Annual report on the working of the mental hospitals in the Madras Presidency - 1912-1932
Year: 1912
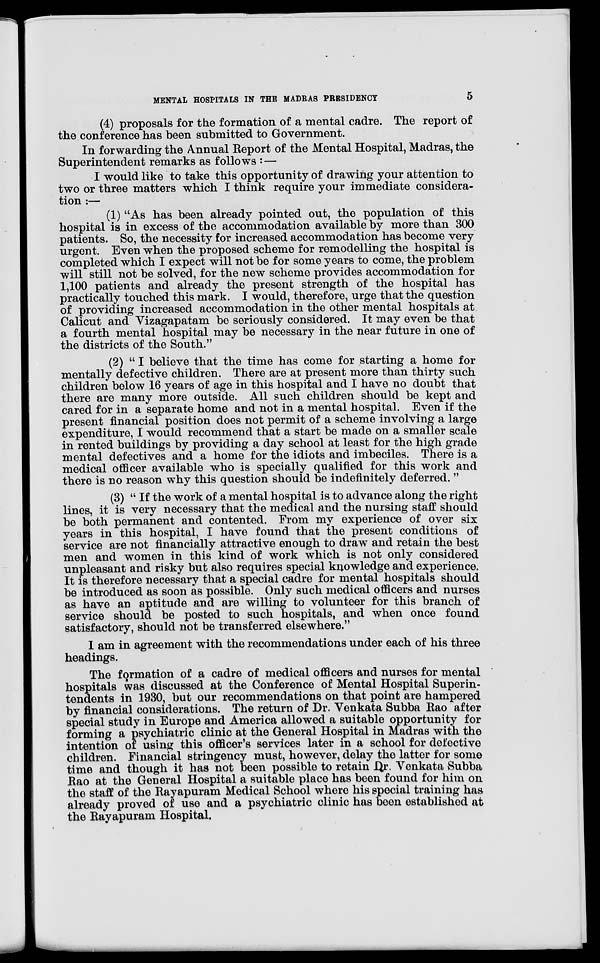
MENTAL HOSPITALS IN THE MADRAS PRESIDENCY
5
(4) proposals for the formation of a mental cadre. The report of
the conference has been submitted to Government.
In forwarding the Annual Report of the Mental Hospital, Madras, the
Superintendent remarks as follows : —
I would like to take this opportunity of drawing your attention to
two or three matters which I think require your immediate considera-
tion :—
(1) "As has been already pointed out, the population of this
hospital is in excess of the accommodation available by more than 300
patients. So, the necessity for increased accommodation has become very
urgent. Even when the proposed scheme for remodelling the hospital is
completed which I expect will not be for some years to come, the problem
will still not be solved, for the new scheme provides accommodation for
1,100 patients and already the present strength of the hospital has
practically touched this mark. I would, therefore, urge that the question
of providing increased accommodation in the other mental hospitals at
Calicut and Vizagapatam be seriously considered. It may even be that
a fourth mental hospital may be necessary in the near future in one of
the districts of the South."
(2) " I believe that the time has come for starting a home for
mentally defective children. There are at present more than thirty such
children below 16 years of age in this hospital and I have no doubt that
there are many more outside. All such children should be kept and
cared for in a separate home and not in a mental hospital. Even if the
present financial position does not permit of a scheme involving a large
expenditure, I would recommend that a start be made on a smaller scale
in rented buildings by providing a day school at least for the high grade
mental defectives and a home for the idiots and imbeciles. There is a
medical officer available who is specially qualified for this work and
there is no reason why this question should be indefinitely deferred. "
(3) " If the work of a mental hospital is to advance along the right
lines, it is very necessary that the medical and the nursing staff should
be both permanent and contented. From my experience of over six
years in this hospital, I have found that the present conditions of
service are not financially attractive enough to draw and retain the best
men and women in this kind of work which is not only considered
unpleasant and risky but also requires special knowledge and experience.
It is therefore necessary that a special cadre for mental hospitals should
be introduced as soon as possible. Only such medical officers and nurses
as have an aptitude and are willing to volunteer for this branch of
service should be posted to such hospitals, and when once found
satisfactory, should not be transferred elsewhere."
I am in agreement with the recommendations under each of his three
headings.
The formation of a cadre of medical officers and nurses for mental
hospitals was discussed at the Conference of Mental Hospital Superin-
tendents in 1930, but our recommendations on that point are hampered
by financial considerations. The return of Dr. Venkata Subba Rao after
special study in Europe and America allowed a suitable opportunity for
forming a psychiatric clinic at the General Hospital in Madras with the
intention of using this officer's services later in a school for defective
children. Financial stringency must, however, delay the latter for some
time and though it has not been possible to retain Dr. Venkata Subba
Rao at the General Hospital a suitable place has been found for him on
the staff of the Rayapuram Medical School where his special training has
already proved of use and a psychiatric clinic has been established at
the Rayapuram Hospital.